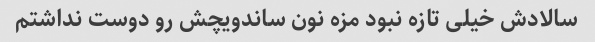
سالادش خیلی تازه نبود مزه نون ساندویچش رو دوست نداشتم